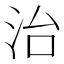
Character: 治